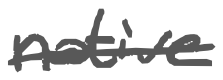
Text: native
Cross-out: mix
Writing tool: digital_gray